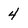
Character: 4